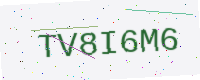
Text: TV8I6M6